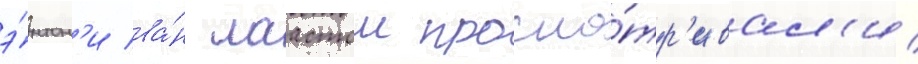
э́нтон'и ва́н лаастом просма́тр'ивал'и